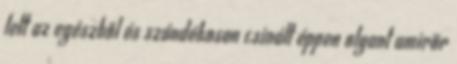
lett az egészből és szándékosan csinált éppen olyant amirör